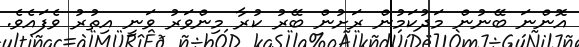
އޮންނަ ބޭނުން މަދުކަމުން ރަށުން ބޭރު ކުރާ މިންވަރު ވަނީ އިތުރު ވެފައެވެ.